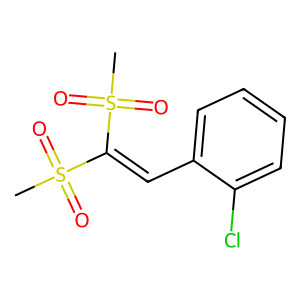
SMILES: CS(=O)(=O)C(=Cc1ccccc1Cl)S(C)(=O)=O
Inhibits HIV replication: No